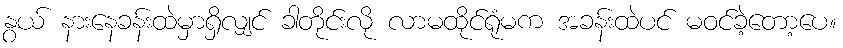
နွယ် နားနေခန်းထဲမှာရှိလျှင် ခါတိုင်းလို လာမထိုင်ရုံမက အခန်းထဲပင် မဝင်ခဲ့တော့ပေ။